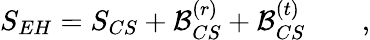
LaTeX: S_{EH}=S_{CS}+{\cal B}_{CS}^{(r)}+{\cal B}_{CS}^{(t)}\qquad,